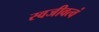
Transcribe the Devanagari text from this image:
स्वजीवत्वं